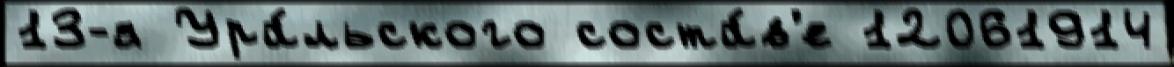
13-я Ура́льского соста́в'е 12061914